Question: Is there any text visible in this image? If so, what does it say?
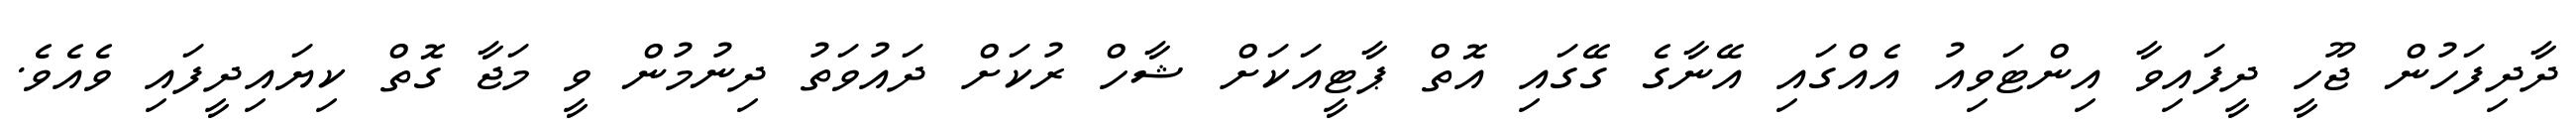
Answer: ދާދިފަހުން ޖޫހީ ދީފައިވާ އިންޓަވިއު އެއްގައި އޭނާގެ ގޭގައި އޮތް ޕާޓީއަކަށް ޝާހް ރުކަށް ދައުވަތު ދިނުމުން ވީ މަޖާ ގޮތް ކިޔައިދީފައި ވެއެވެ.